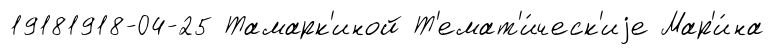
19181918-04-25 Тамарк'иной Т'емат'и́ческ'иjе Мар'и́на